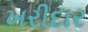
ખરીદાર